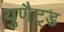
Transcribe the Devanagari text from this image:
युणैट्ड